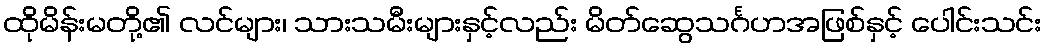
ထိုမိန်းမတို့၏ လင်များ၊ သားသမီးများနှင့်လည်း မိတ်ဆွေသင်္ဂဟအဖြစ်နှင့် ပေါင်းသင်း